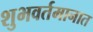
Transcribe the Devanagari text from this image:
शुभवर्तमानात